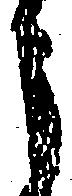
う